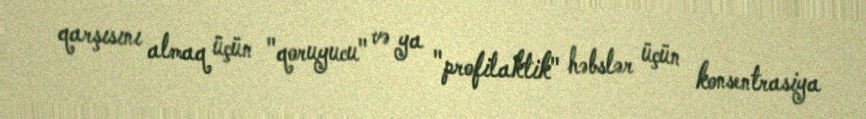
qarşısını almaq üçün "qoruyucu" və ya "profilaktik" həbslər üçün konsentrasiya